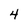
Character: 4